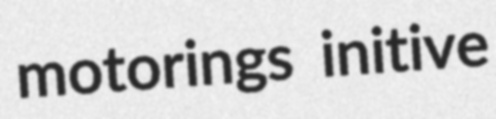
motorings initive